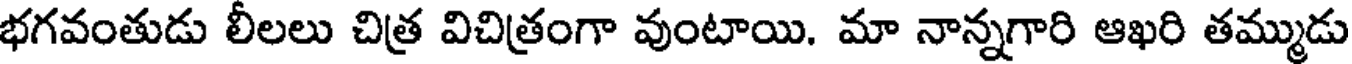
భగవంతుడు లీలలు చిత్ర విచిత్రంగా వుంటాయి. మా నాన్నగారి ఆఖరి తమ్ముడు